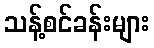
သန့်စင်ခန်းများ